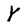
Character: Y